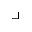
\lrcorner